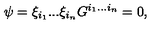
\psi = \xi _ { i _ { 1 } } . . . \xi _ { i _ { n } } G ^ { i _ { 1 } . . . i _ { n } } = 0 ,